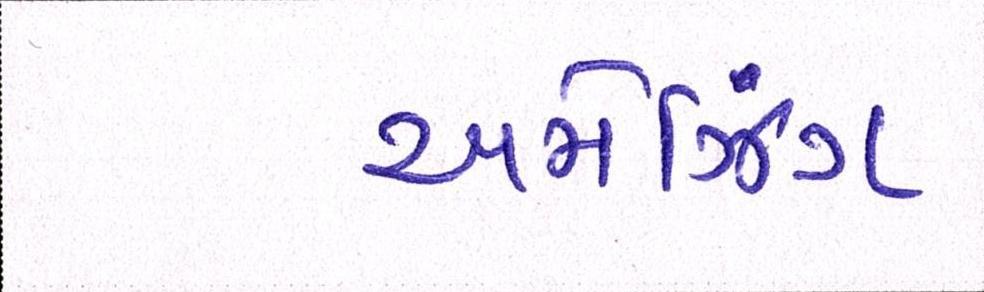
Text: અમેઝિંગ